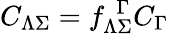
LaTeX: C_{\Lambda\Sigma}=f_{\Lambda\Sigma}^{\ \ \Gamma}C_{\Gamma}